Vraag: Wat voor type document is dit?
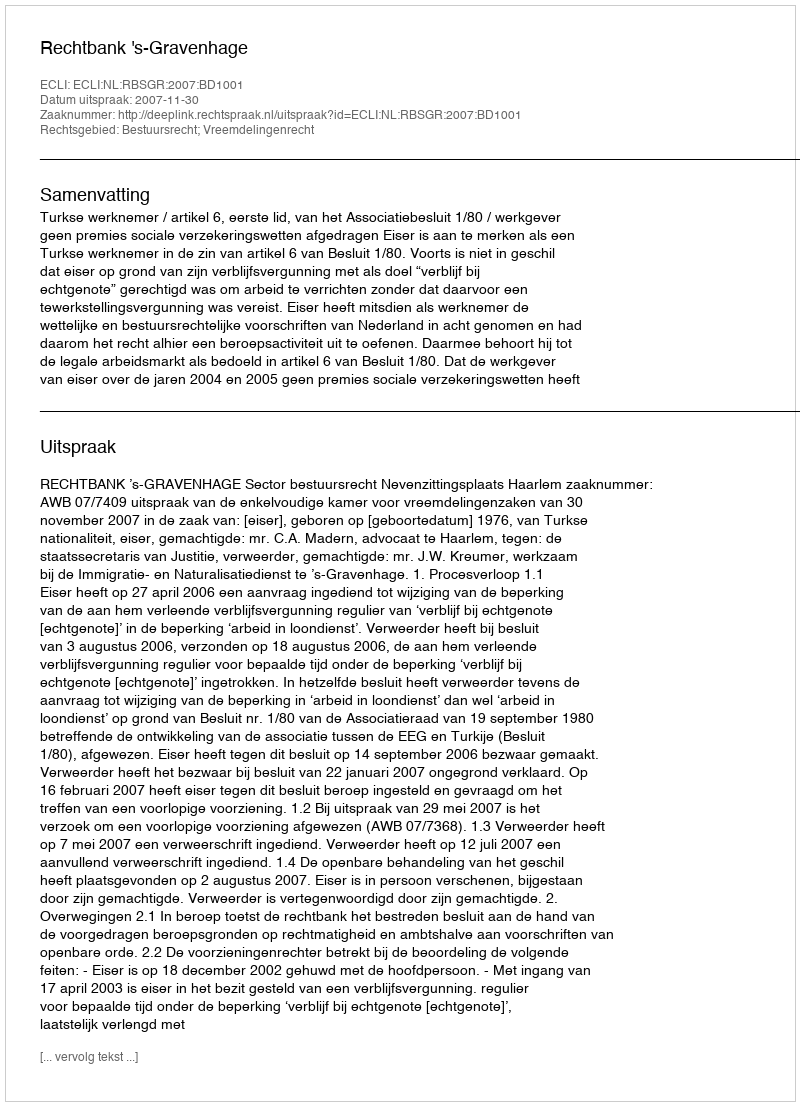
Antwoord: Uitspraak